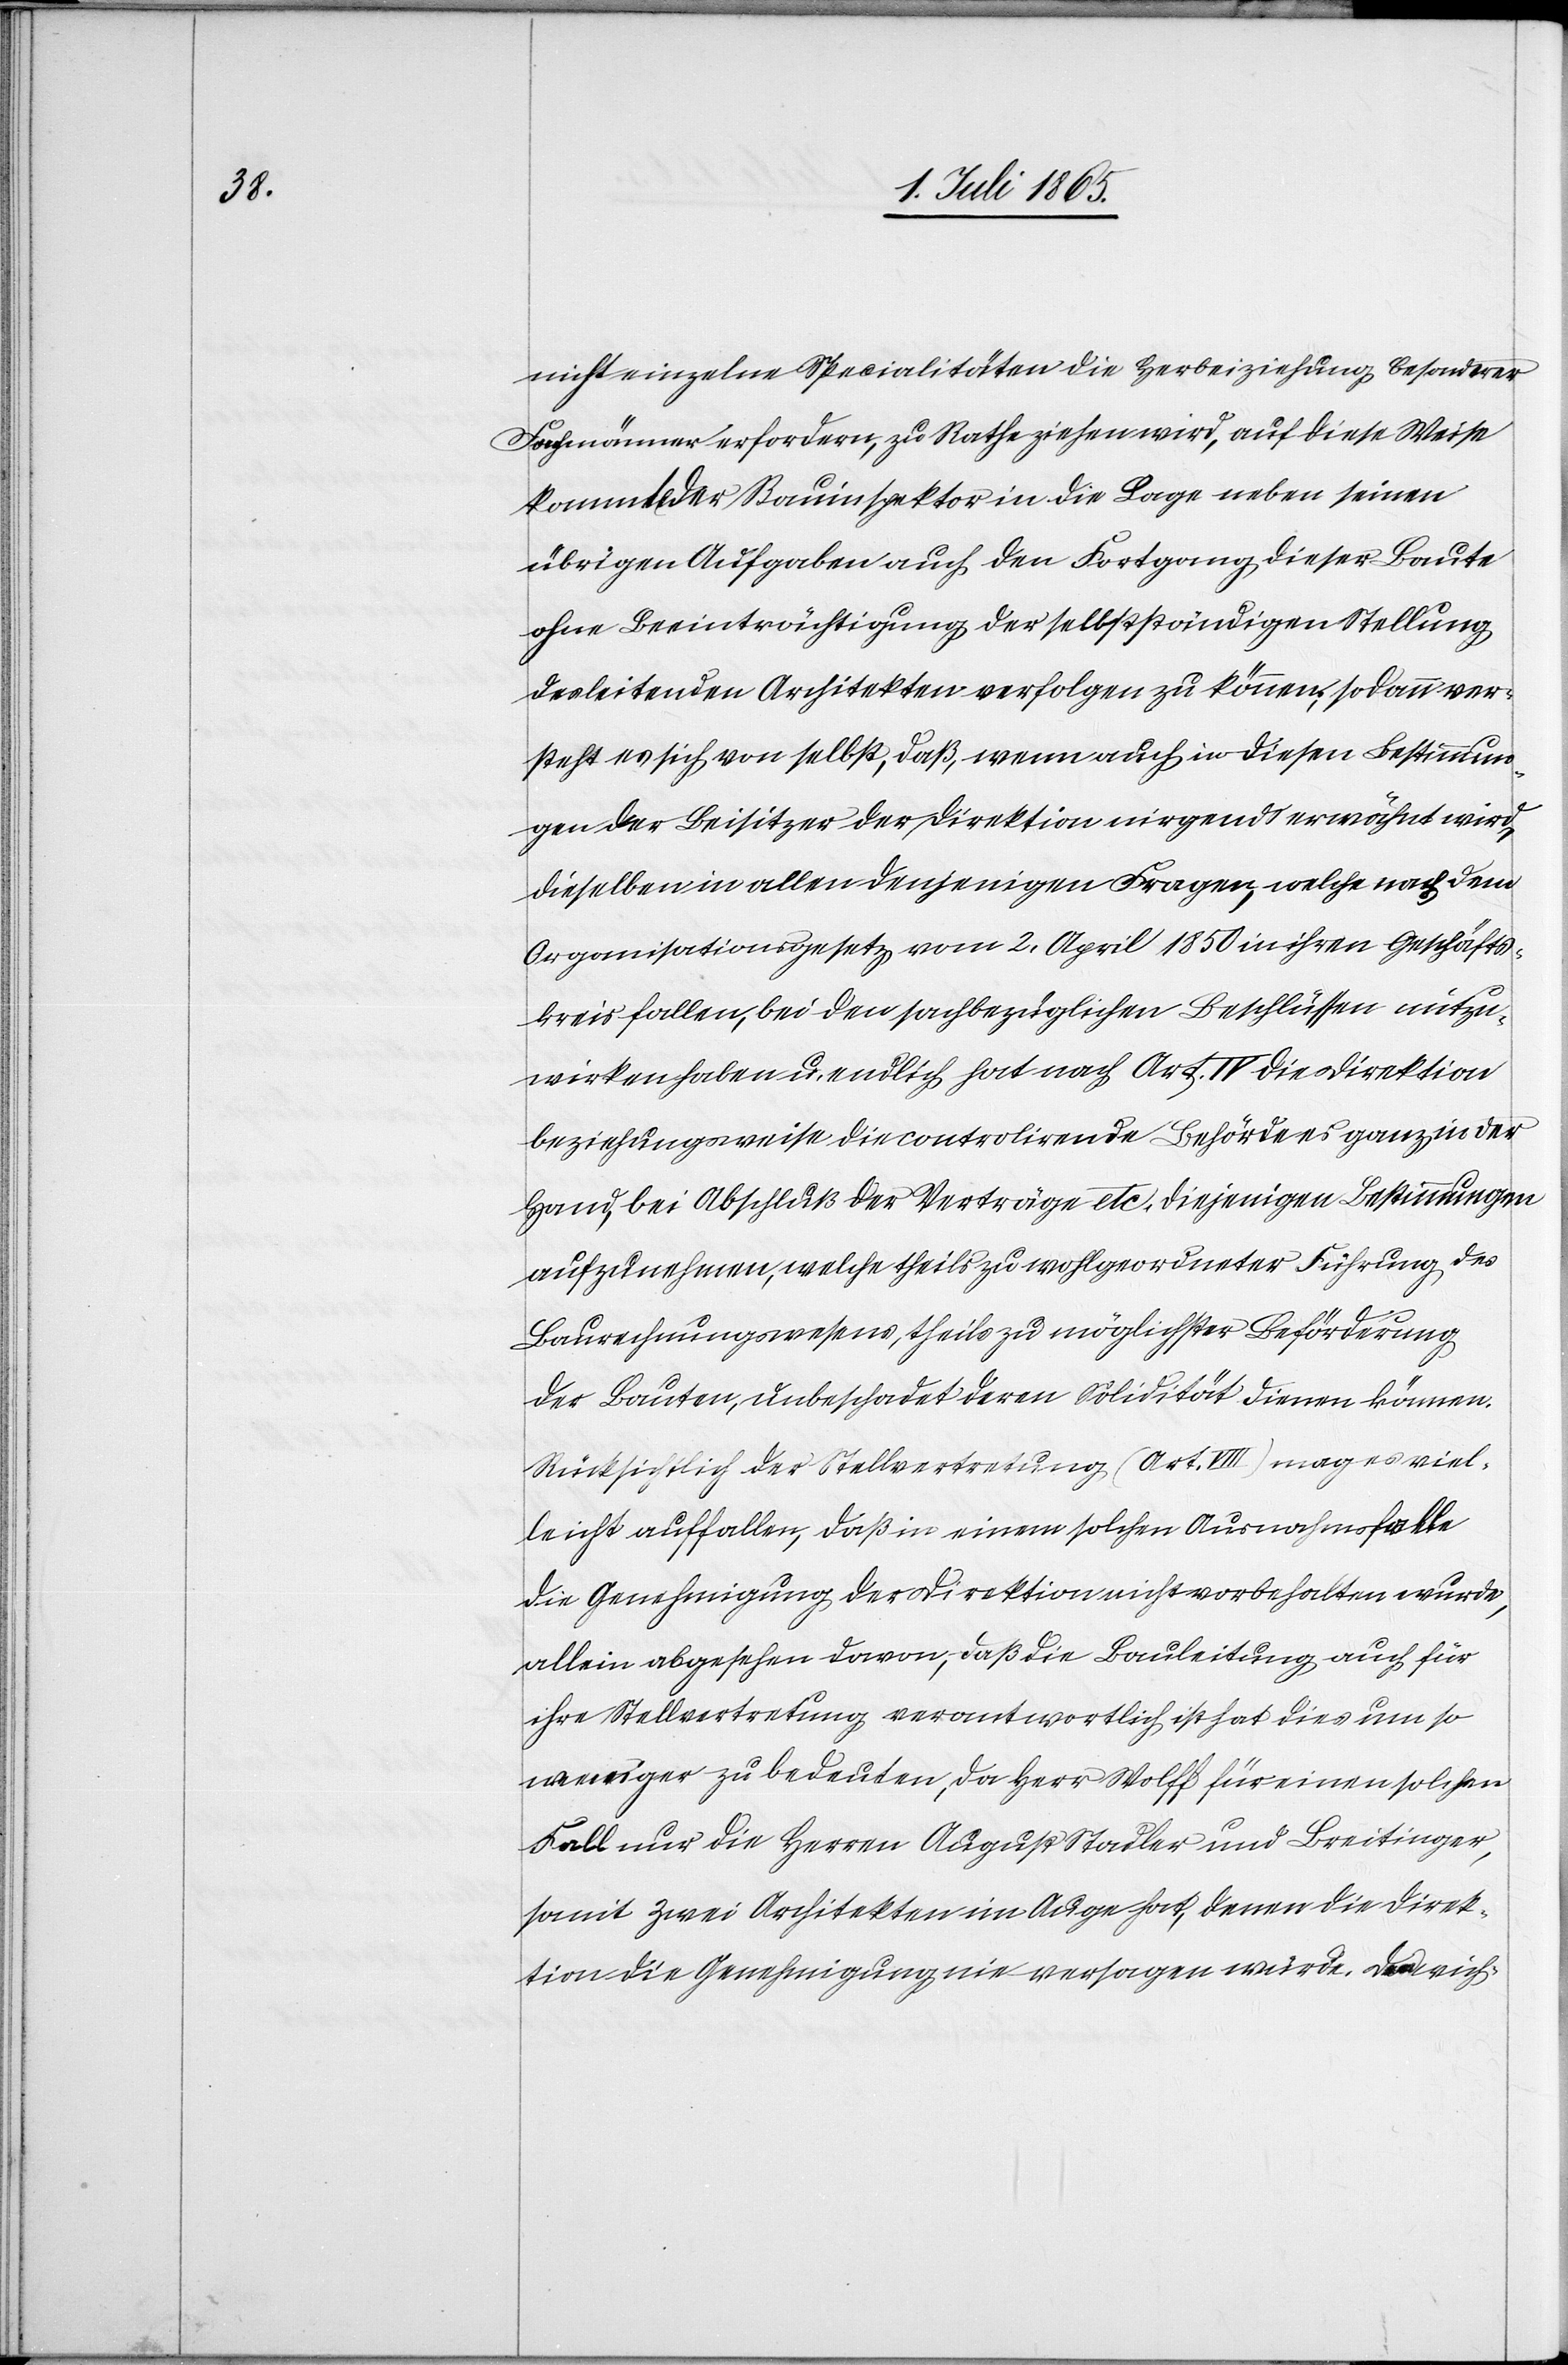
nicht einzelne Specialitäten die Herbeiziehung besonderer
Fachmänner erfordern, zu Rathe ziehen wird, auf diese Weise
kommt der Bauinspektor in die Lage neben seinen
übrigen Aufgaben auch den Fortgang dieser Baute
ohne Beeinträchtigung der selbstständigen Stellung
des leitenden Architekten verfolgen zu können; sodann ver¬
steht es sich von selbst, daß, wenn auch in diesen Bestimmun¬
gen der Beisitzer der Direktion nirgends erwähnt wird,
dieselben in allen denjenigen Fragen, welche nach dem
Organisationsgesetz vom 2. April 1850 in ihren Geschäfts¬
kreis fallen, bei diesen sachbezüglichen Beschlüssen mitzu¬
wirken haben u. endlich hat nach Art. IV die Direktion
beziehungsweise die controlirende Behörde es ganz in der
Hand, bei Abschluß der Verträge etc. diejenigen Bestimmungen
aufzunehmen, welche theils zu wohlgeordneter Führung des
Baurechnungswesens, theils möglichster Beförderung
der Bauten, unbeschadet deren Solidität dienen können.
Rücksichtlich der Stellvertretung (Art. VIII) mag es viel¬
leicht auffallen, daß in einem solchen Ausnahmsfalle
die Genehmigung der Direktion nicht vorbehalten wurde,
allein abgesehen davon, das die Bauleitung auch für
ihre Stellvertretung verantwortlich ist hat dies um so
weniger zu bedeuten, da Herr Wolff für einen solchen
Fall nur die Herren August Stadler und Breitinger,
somit zwei Architekten im Auge hat, denen die Direk¬
tion die Genehmigung nie versagen würde. [?Den] wich-